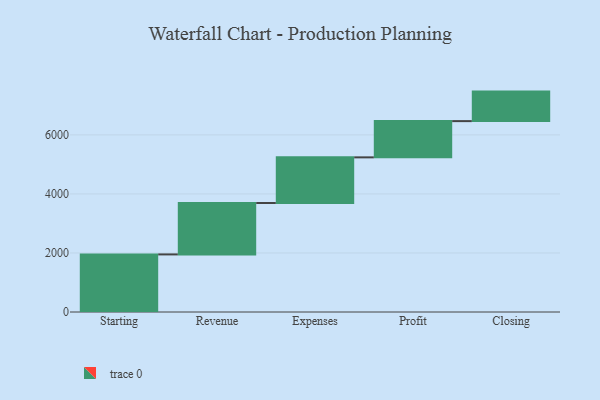
{"axis": {"x": "Step", "y": "Value"}, "legend": [""], "data": [{"x": "Starting", "y": 1951.0, "type": ""}, {"x": "Revenue", "y": 1741.0, "type": ""}, {"x": "Expenses", "y": 1547.0, "type": ""}, {"x": "Profit", "y": 1228.0, "type": ""}, {"x": "Closing", "y": 1000, "type": ""}]}